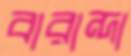
বারান্দা